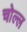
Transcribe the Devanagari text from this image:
चोल्ल